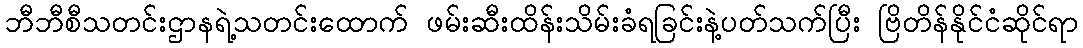
ဘီဘီစီသတင်းဌာနရဲ့သတင်းထောက် ဖမ်းဆီးထိန်းသိမ်းခံရခြင်းနဲ့ပတ်သက်ပြီး ဗြိတိန်နိုင်ငံဆိုင်ရာ